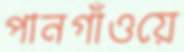
পানগাঁওয়ে